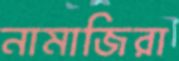
নামাজিরা